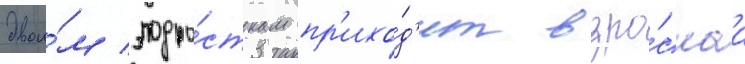
двои́м подро́сткам пр'ихо́д'ит взро́слаа